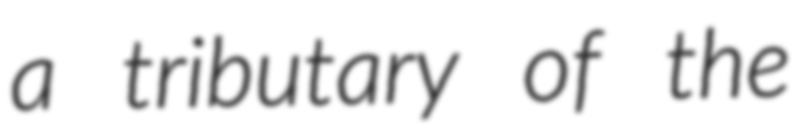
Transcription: a tributary of the